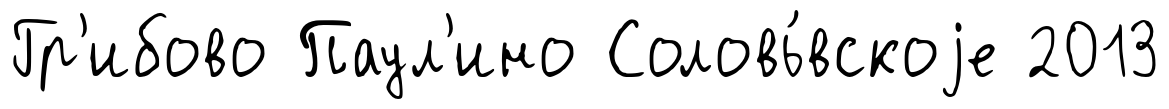
Гр'ибово Паул'ино Соловь́вскоjе 2013